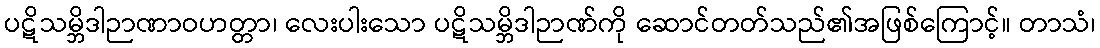
ပဋိသမ္ဘိဒါဉာဏာဝဟတ္တာ၊ လေးပါးသော ပဋိသမ္ဘိဒါဉာဏ်ကို ဆောင်တတ်သည်၏အဖြစ်ကြောင့်။ တာသံ၊